Civil Veterinary Department Bihar & Orissa reports 1929-36 - 1929-1936
Year: 1929
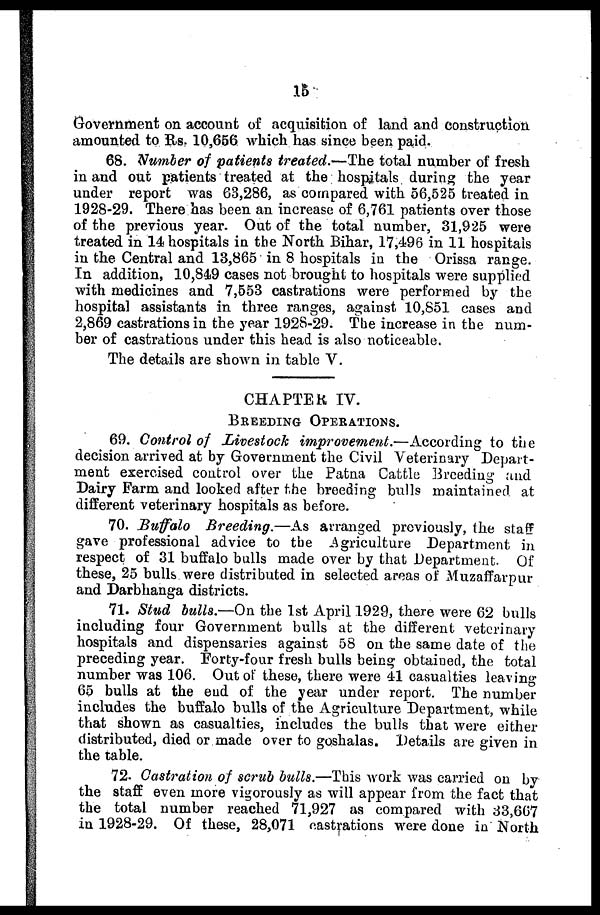
15
Government on account of acquisition of land and construction
amounted to Us. 10,656 which has since been paid.
68. Number of patients treated.—The total number of fresh
in and out patients treated at the hospitals during the year
under report was 63,286, as compared with 56,525 treated in
1928-29. There has been an increase of 6,761 patients over those
of the previous year. Out of the total number, 31,925 were
treated in 14 hospitals in the North Bihar, 17,496 in 11 hospitals
in the Central and 13,865 in 8 hospitals in the Orissa range.
In addition, 10,849 cases not brought to hospitals were supplied
with medicines and 7,553 castrations were performed by the
hospital assistants in three ranges, against 10,851 cases and
2,869 castrations in the year 1928-29. The increase in the num-
ber of castrations under this head is also noticeable.
The details are shown in table V.
CHAPTER IV.
BREEDING OPERATIONS.
69. Control of Livestock improvement.—According
to the
decision arrived at by Government the Civil Veterinary Depart-
ment exercised control over the Patna Cattle Breeding and
Dairy Farm and looked after the breeding bulls maintained at
different veterinary hospitals as before.
70. Buffalo Breeding.—As arranged previously, the staff
gave professional advice to the Agriculture Department in
respect of 31 buffalo bulls made over by that Department. Of
these, 25 bulls were distributed in selected areas of Muzaffarpur
and Darbhanga districts.
71. Stud bulls.—On the 1st April 1929, there were 62 bulls
including four Government bulls at the different veterinary
hospitals and dispensaries against 58 on the same date of the
preceding year. Forty-four fresh bulls being obtained, the total
number was 106. Out of these, there were 41 casualties leaving
65 bulls at the end of the year under report. The number
includes the buffalo bulls of the Agriculture Department, while
that shown as casualties, includes the bulls that were either
distributed, died or made over to goshalas. Details are given in
the table.
72. Castration of scrub bulls.—This work was carried on by
the staff even more vigorously as will appear from the fact that
the total number reached 71,927 as compared with 33,607
in 1928-29. Of these, 28,071 castrations were done in North